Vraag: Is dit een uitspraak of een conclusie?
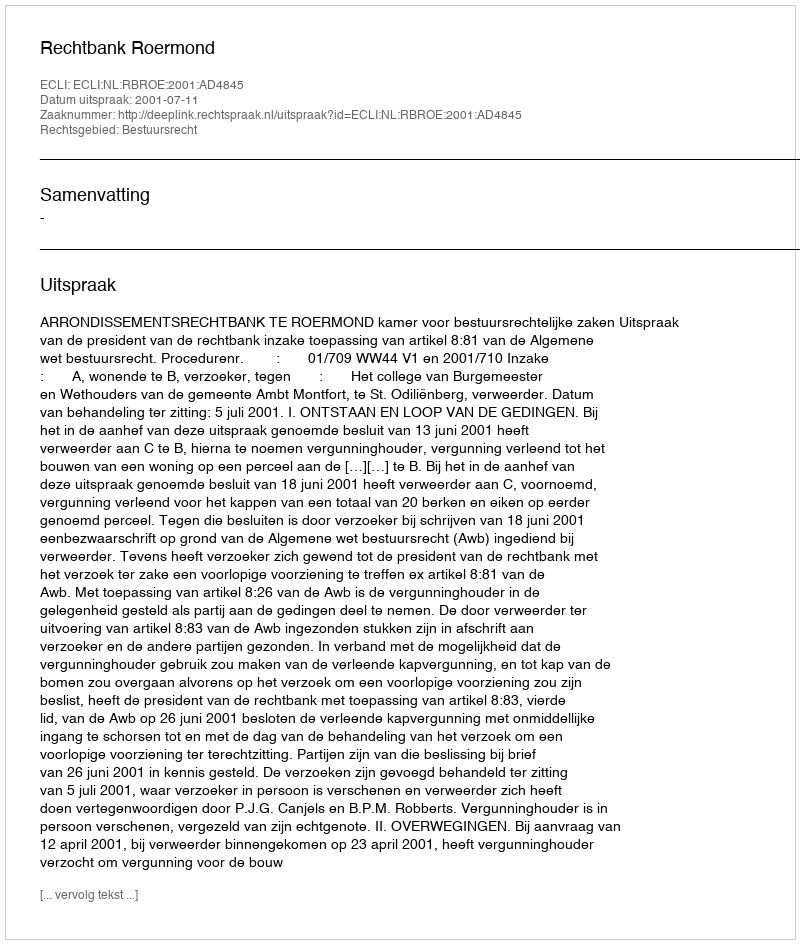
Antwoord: Uitspraak